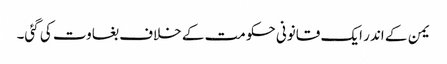
یمن کے اندر ایک قانونی حکومت کے خلاف بغاوت کی گئی۔